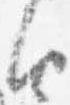
由